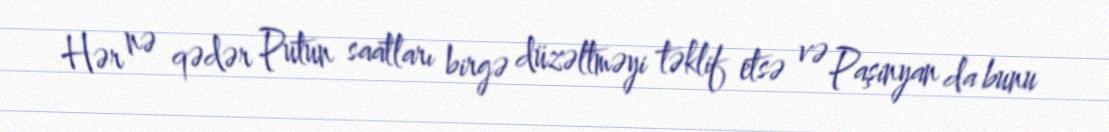
Hər nə qədər Putun saatları birgə düzəltməyi təklif etsə və Paşinyan da bunu